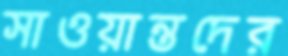
সাওয়ান্তদের